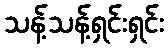
သန့်သန့်ရှင်းရှင်း